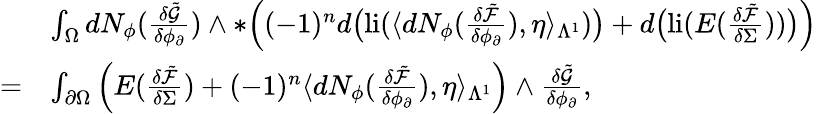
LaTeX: \begin{array}{rl}&{\int_{\Omega}dN_{\phi}(\frac{\delta\tilde{\mathcal{G}}}{\delta\phi_{\partial}})\wedge\ast\Big((-1)^{n}d\big(\mathrm{li}(\langle dN_{\phi}(\frac{\delta\tilde{\mathcal{F}}}{\delta\phi_{\partial}}),\eta\rangle_{\Lambda^{1}})\big)+d\big(\mathrm{li}(E(\frac{\delta\tilde{\mathcal{F}}}{\delta\Sigma}))\big)\Big)}\\ {=}&{\int_{\partial\Omega}\Big(E(\frac{\delta\tilde{\mathcal{F}}}{\delta\Sigma})+(-1)^{n}\langle dN_{\phi}(\frac{\delta\tilde{\mathcal{F}}}{\delta\phi_{\partial}}),\eta\rangle_{\Lambda^{1}}\Big)\wedge\frac{\delta\tilde{\mathcal{G}}}{\delta\phi_{\partial}},}\end{array}